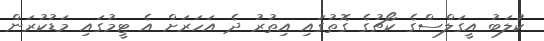
ކުލަބު އީގަލްސްގެ ކޯޗުގެ ގޮތުގައި އިތުރު ދެ އަހަރަށް އެ ޓީމުގައި މަޑުކުރަން